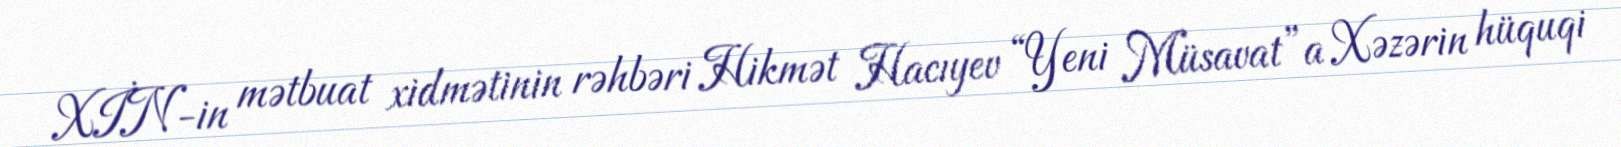
XİN-in mətbuat xidmətinin rəhbəri Hikmət Hacıyev “Yeni Müsavat”a Xəzərin hüquqi